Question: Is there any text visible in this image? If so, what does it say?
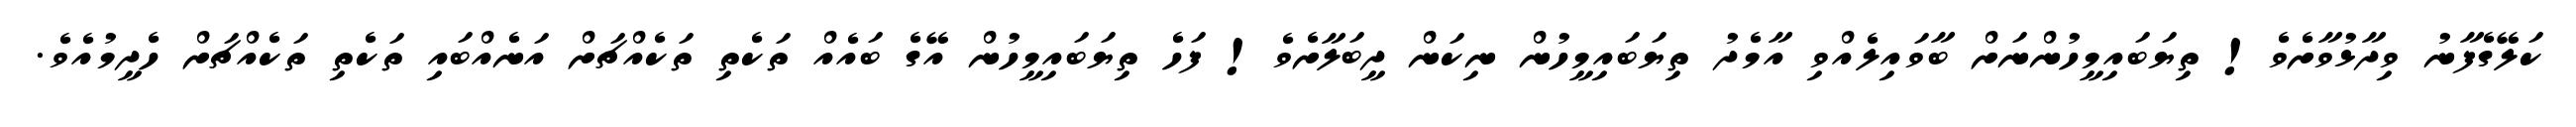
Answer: ކަލޭގެފާނު ވިދާޅުވާށެވެ! ތިޔަބައިމީހުންނަށް ބާވައިލެއްވި އާމެދު ތިޔަބައިމީހުން ނިކަން ދީބަލާށެވެ! ފަހެ ތިޔަބައިމީހުން އޭގެ ބައެއް ތަކެތި ތަކެއްޗަށް އަނެއްބައި ތަކެތި ތަކެއްޗަށް ހެދީމުއެވެ.